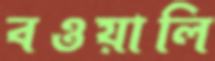
বওয়ালি